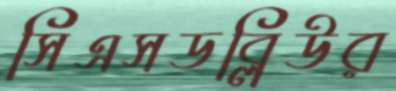
সিএসডব্লিউর